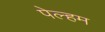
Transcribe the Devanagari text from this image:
पेल्हम